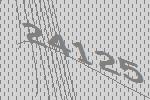
24125